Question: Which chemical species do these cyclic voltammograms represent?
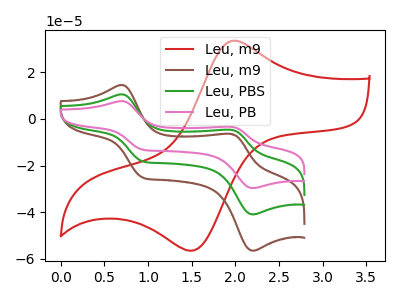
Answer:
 <answer>The red curve is labeled "Leu, m9". The brown curve is labeled "Leu, m9". The green curve is labeled "Leu, PBS". The pink curve is labeled "Leu, PB".</answer>
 <eval></eval>